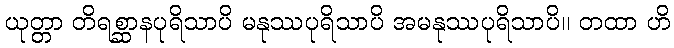
ယုတ္တာ တိရစ္ဆာနပုရိသာပိ မနုဿပုရိသာပိ အမနုဿပုရိသာပိ။ တထာ ဟိ